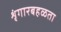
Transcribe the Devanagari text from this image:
शृंगारबहळता